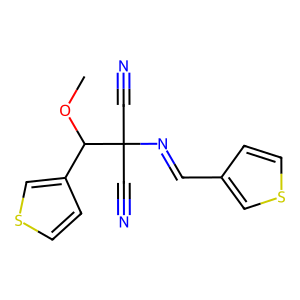
SMILES: COC(c1ccsc1)C(C#N)(C#N)N=Cc1ccsc1
Inhibits HIV replication: No